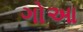
ગોઆ